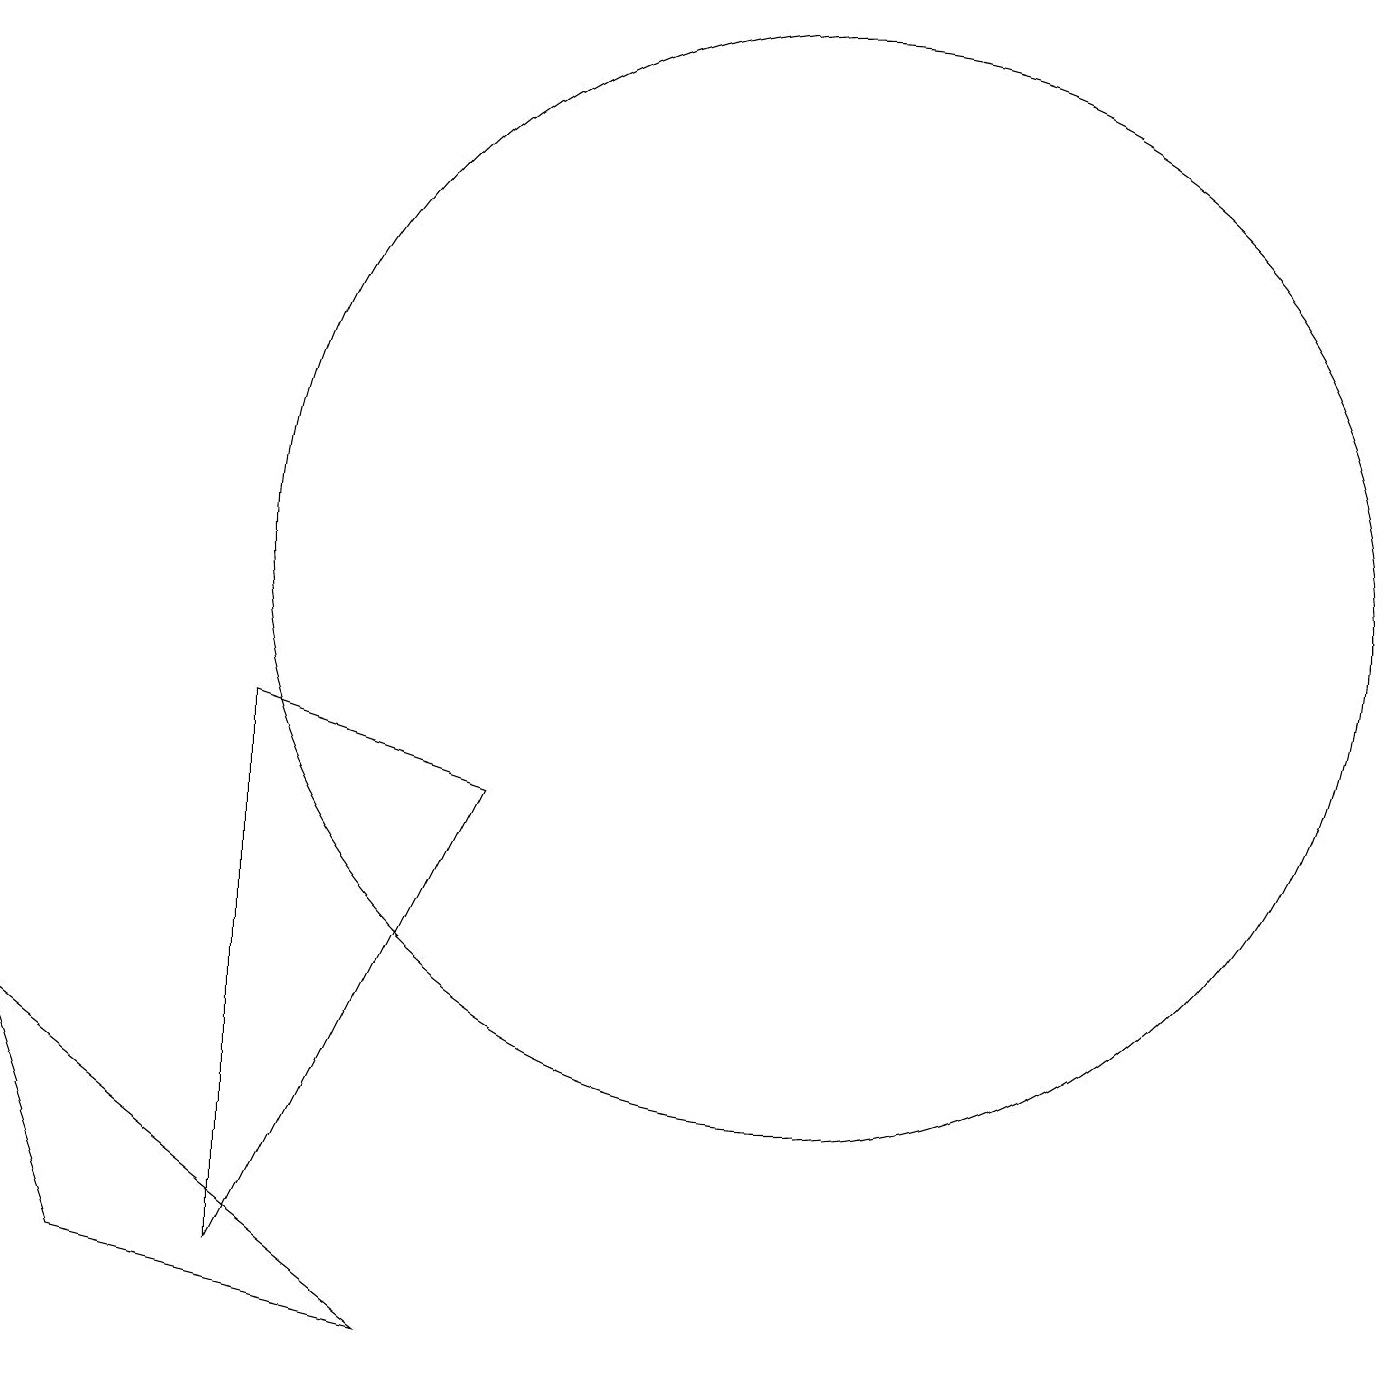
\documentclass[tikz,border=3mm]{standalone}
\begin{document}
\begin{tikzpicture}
\draw (10,10) circle (7);
\draw (3,8) -- (6,7) -- (3,1) -- cycle;
\draw (5,0) -- (1,1) -- (0,4) -- cycle;
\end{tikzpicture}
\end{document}